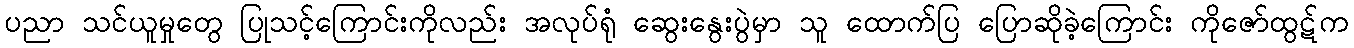
ပညာ သင်ယူမှုတွေ ပြုသင့်ကြောင်းကိုလည်း အလုပ်ရုံ ဆွေးနွေးပွဲမှာ သူ ထောက်ပြ ပြောဆိုခဲ့ကြောင်း ကိုဇော်ထွဋ်က